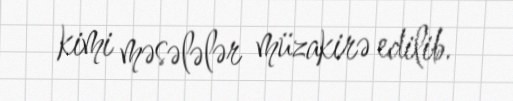
kimi məsələlər müzakirə edilib.